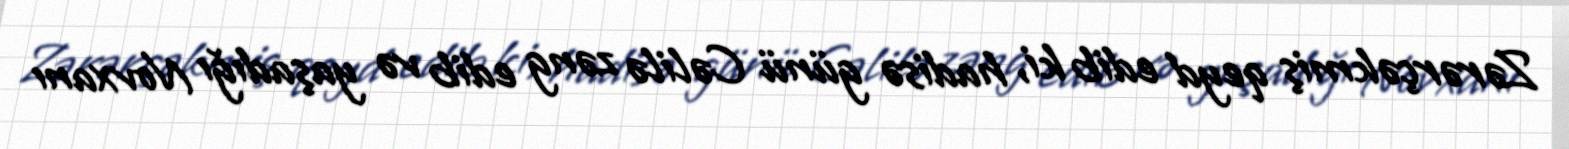
Zərərçəkmiş qeyd edib ki, hadisə günü Cəlilə zəng edib və yaşadığı Novxanı